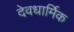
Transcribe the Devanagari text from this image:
देवधार्मिक